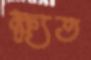
ক্ষ্যত